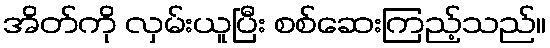
အိတ်ကို လှမ်းယူပြီး စစ်ဆေးကြည့်သည်။